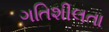
ગતિશીલતા